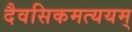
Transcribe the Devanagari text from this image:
दैवसिकमत्ययम्‌